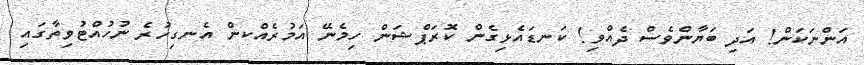
އަންނަކަން! އަދި ބަޔާންވެސް ދެއްވި! ކަނޑައެޅިގެން ކޮރަޕްޝަން ހިމެނޭ އަމުރެއްކން އެނގިހުރެ ނުހުއްޓުވިތާގައި